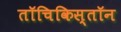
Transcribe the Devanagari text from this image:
तॉचिकिस्तॉन